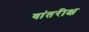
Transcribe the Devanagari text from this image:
वांतरीक्ष